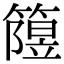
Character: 𥳲